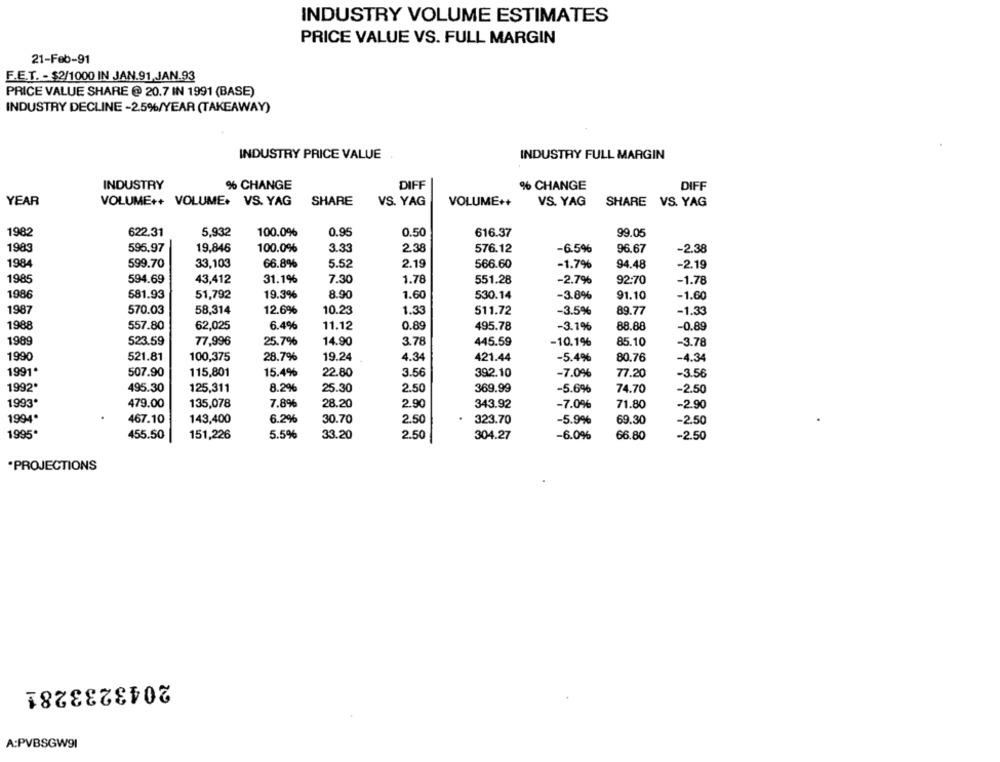
INDUSTRY VOLUME ESTIMATES
PRICE VALUE VS. FULL MARGIN
21-Feb-91
F.E.T. - $2/1000 IN JAN.91.JAN.93
PRICE VALUE SHARE @ 20.7 IN 1991 (BASE)
INDUSTRY DECLINE -2.5%/YEAR (TAKEAWAY)
INDUSTRY PRICE VALUE
INDUSTRY FULL MARGIN
INDUSTRY
% CHANGE
DIFF
% CHANGE
DIFF
YEAR
VOLUME++ VOLUME. VS. YAG
SHARE
VS. YAG
VOLUME++
VS. YAG
SHARE VS. YAG
1982
622.31
5.932
100.0%
0.95
0.50
616.37
99.05
1983
595.97
19,846
100.0%
3.33
2,38
576.12
-6.5%
96.67
-2.38
1984
599.70
33,103
66.8%
5.52
2.19
566.60
-1.7%
94.48
-2.19
1985
594.69
43,412
31.1%
7.30
1.78
551.28
-2.7%
92:70
-1.78
1986
581.93
51,792
19.3%
8.90
1.60
530.14
-3.8%
91.10
-1.60
1987
570.03
58,314
12.6%
10.23
1.33
511.72
-3.5%
89.77
-1.33
1988
557.80
62,025
6.4%
11.12
0.89
495.78
-3.1%
88.88
-0.89
1989
523.59
77,996
25.7%
14.90
3.78
445.59
-10.1%
85.10
-3.78
1990
521.81
100,375
28.7%
19.24
4.34
421.44
-5.4%
80,76
-4.34
1991*
507.90
115,801
15.4%
22.80
3.56
392.10
-7.0%
77.20
-3.56
1992*
495.30
125,311
8.2%
25.30
2.50
369.99
-5.6%
74.70
-2.50
1993
479.00
135,078
7.8%
28.20
2.90
343.92
-7.0%
71.80
-2.90
1994*
467.10
143,400
6.2%
30.70
2.50
323.70
-5.9%
69.30
-2.50
1995*
455.50
2.50
151,226
5.5%
33.20
304.27
-6.0%
66.80
-2.50
·PROJECTIONS
2043233281
A:PVBSGW91